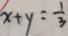
x + y = \frac { 1 } { 3 }